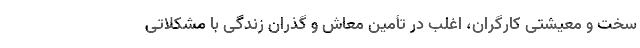
سخت و معیشتی کارگران، اغلب در تأمین معاش و گذران زندگی با مشکلاتی